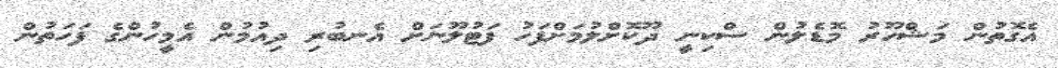
އެގޮތުން މަޝްހޫރު މޮޑެލުން ސްކިނީ ދޫކޮށްލުމަށްފަހު ފަޓުލޫނަށް އެނބުރި ދިއުމުން އެމީހުންގެ ފަހަތުން